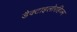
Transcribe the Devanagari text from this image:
डैक्टाइलोरहिज्म